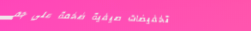
تخفيضات صيفية ضخمة على جم